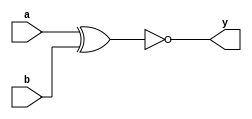
`timescale 1ns / 1ps
//////////////////////////////////////////////////////////////////////////////////
// Module Name: xup_xnor2
//////////////////////////////////////////////////////////////////////////////////
module xup_xnor2 #(parameter DELAY = 3)(
    input a,
    input b,
    output y
    );
    
    xnor #DELAY (y,a,b);
    
endmodule